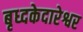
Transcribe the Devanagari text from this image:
बृध्दकेदारेश्वर